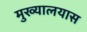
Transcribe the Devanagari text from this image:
मुख्यालयास